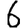
Digit: 6